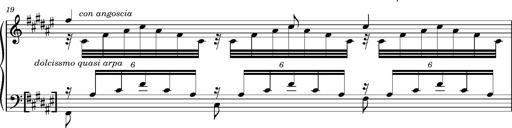
Title: Cavatine de Robert le Diable
Composer: Franz Liszt
Key: F-sharp minor